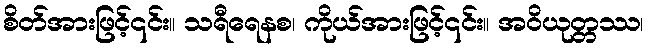
စိတ်အားဖြင့်၎င်း။ သရီရေနစ၊ ကိုယ်အားဖြင့်၎င်း။ အဝိယုတ္တဿ၊